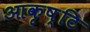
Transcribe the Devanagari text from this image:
आकृष्टि